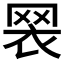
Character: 𦊶